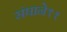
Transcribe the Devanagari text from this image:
संघाने११